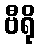
ဗီရို